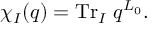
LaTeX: \chi _ { I } ( q ) = \mathrm { T r } _ { I } \; q ^ { L _ { 0 } } .